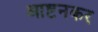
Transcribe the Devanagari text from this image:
आष्टनकर